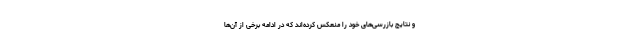
و نتایج بازرسی‌های خود را منعکس کرده‌اند که در ادامه برخی از آن‌ها